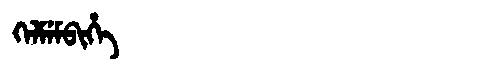
Manchu: ᡴᡝᠯᠮᡝᠮᠪᡳᡥᡝ
Romanization: KELMEMBIHE